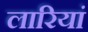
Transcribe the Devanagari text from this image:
लारियां